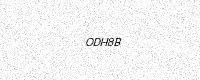
Text: ODH8B